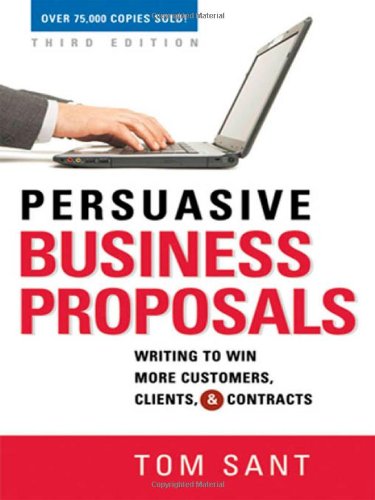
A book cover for Persuasive Business Proposals: Writing to Win More Customers, Clients, and Contracts; Tom Sant; Business & Money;